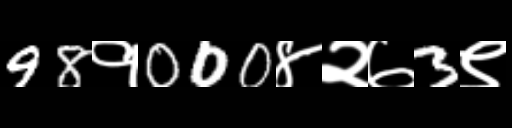
Text: 98१000४२७3९